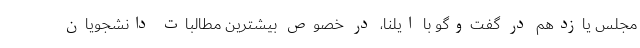
مجلس یازدهم در گفت‌وگو با ایلنا، در خصوص بیشترین مطالبات دانشجویان